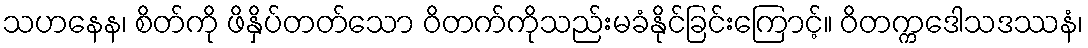
သဟနေန၊ စိတ်ကို ဖိနှိပ်တတ်သော ဝိတက်ကိုသည်းမခံနိုင်ခြင်းကြောင့်။ ဝိတက္ကဒေါသဒဿနံ၊